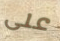
على